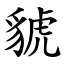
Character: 䝞